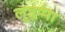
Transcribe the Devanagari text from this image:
लुइप्पा